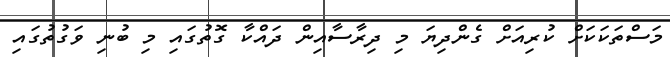
މަސްތަކަކަށް ކުރިއަށް ގެންދިޔަ މި ދިރާސާއިން ދައްކާ ގޮތުގައި މި ބުނި ވަގުތުގައި